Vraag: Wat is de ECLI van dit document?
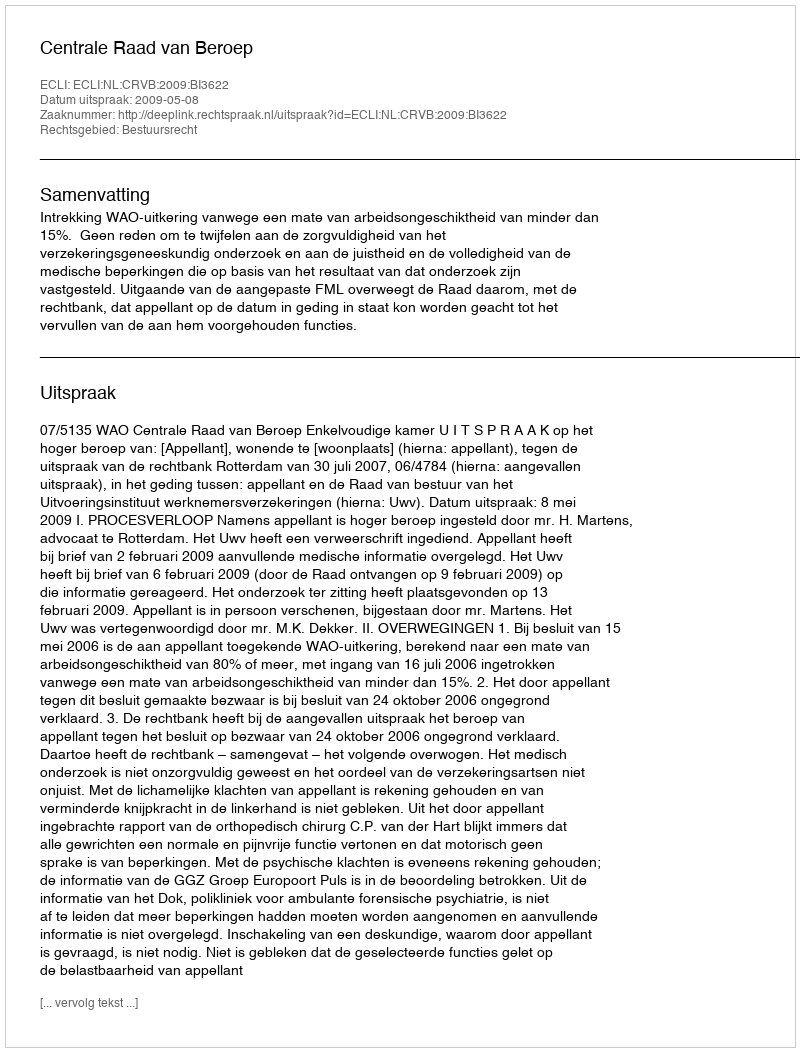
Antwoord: ECLI:NL:CRVB:2009:BI3622